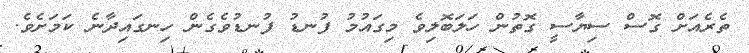
ތެެރެއަށް ގޮސް ސިޔާސީ ގޮތުން ހަލަބޮލިވެ މިގައުމު ފުނޑު ފުނޑުވެގެން ހިނގައިދާނެ ކަމަށެވެ.